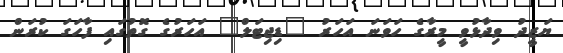
ޔަޒީދު ވިދާޅުވީ މީރާގެ ހަވަނަ އަހަރު "ޑިޖިޓަލް" އަހަރުގެ ގޮތުގައި ފާހަގަ ކުރަން